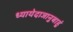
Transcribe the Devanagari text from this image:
ध्यायेदाजानुबाहुं